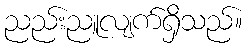
ညည်းညူလျက်ရှိသည်။